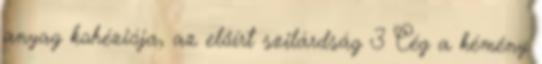
anyag kohéziója, az előírt szilárdság 3 Cég a kémény